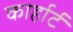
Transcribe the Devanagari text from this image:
कार्हार्ट